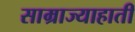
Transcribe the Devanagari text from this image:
साम्राज्याहाती